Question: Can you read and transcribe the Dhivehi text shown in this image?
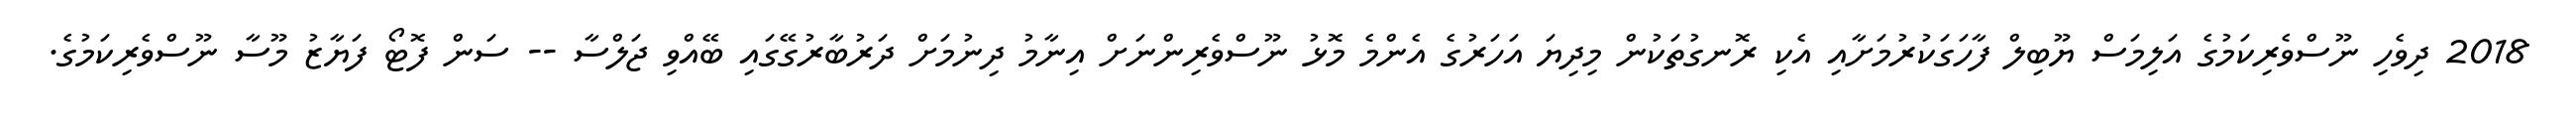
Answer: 2018 ދިވެހި ނޫސްވެރިކަމުގެ އަލިމަސް ޔޫބިލް ފާހަގަކުރުމަށާއި އެކި ރޮނގުތަކުން މިދިޔަ އަހަރުގެ އެންމެ މޮޅު ނޫސްވެރިންނަށް އިނާމު ދިނުމަށް ދަރުބާރުގޭގައި ބޭއްވި ޖަލްސާ -- ސަން ފޮޓޯ ފަޔާޒު މޫސާ ނޫސްވެރިކަމުގެ.